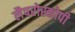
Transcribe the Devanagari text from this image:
लैपरोस्कोपी